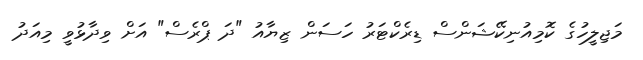
މަޖިލީހުގެ ކޮމިއުނިކޭޝަންސް ޑިރެކްޓަރު ހަސަން ޒިޔާއު "ދަ ޕްރެސް" އަށް ވިދާޅުވީ މިއަދު